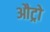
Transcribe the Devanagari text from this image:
औट्रो